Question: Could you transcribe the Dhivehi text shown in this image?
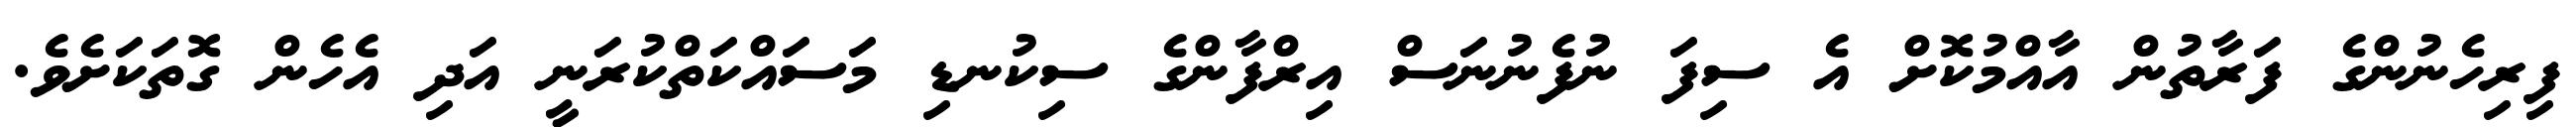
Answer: ފިރިހެނުންގެ ފަރާތުން އާއްމުކޮށް އެ ސިފަ ނުފެނުނަސް އިރްފާންގެ ސިކުނޑި މަސައްކަތްކުރަނީ އަދި އެހެން ގޮތަކަށެވެ.